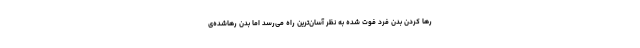
رها کردن بدن فرد فوت شده به نظر آسان‌ترین راه می‌رسد اما بدن رهاشده‌ی